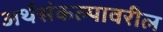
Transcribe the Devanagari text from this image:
अर्थसंकल्पावरील